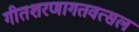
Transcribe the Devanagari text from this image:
गीतशरणागतवत्सल